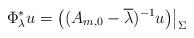
LaTeX: \begin{align*} \Phi_\lambda^* u = \big( (A_{m, 0} - \overline{\lambda})^{-1} u \big)\big|_\Sigma\end{align*}